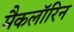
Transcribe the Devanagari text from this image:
मैकलॉरिन